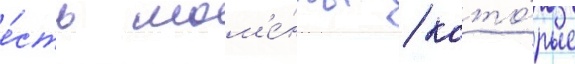
е́сть мом'е́нты / кото́рые